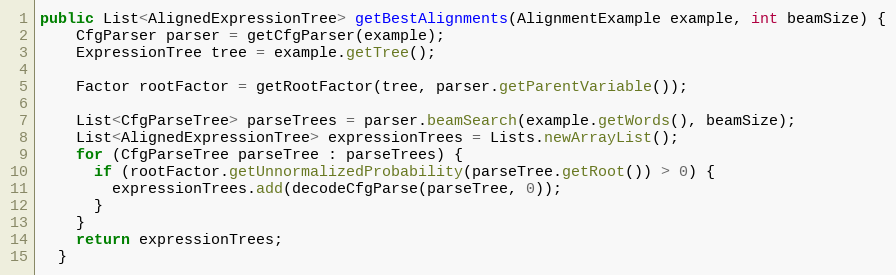
Language: Java
public List<AlignedExpressionTree> getBestAlignments(AlignmentExample example, int beamSize) {
    CfgParser parser = getCfgParser(example);
    ExpressionTree tree = example.getTree();

    Factor rootFactor = getRootFactor(tree, parser.getParentVariable());

    List<CfgParseTree> parseTrees = parser.beamSearch(example.getWords(), beamSize);
    List<AlignedExpressionTree> expressionTrees = Lists.newArrayList();
    for (CfgParseTree parseTree : parseTrees) {
      if (rootFactor.getUnnormalizedProbability(parseTree.getRoot()) > 0) {
        expressionTrees.add(decodeCfgParse(parseTree, 0));
      }
    }
    return expressionTrees;
  }